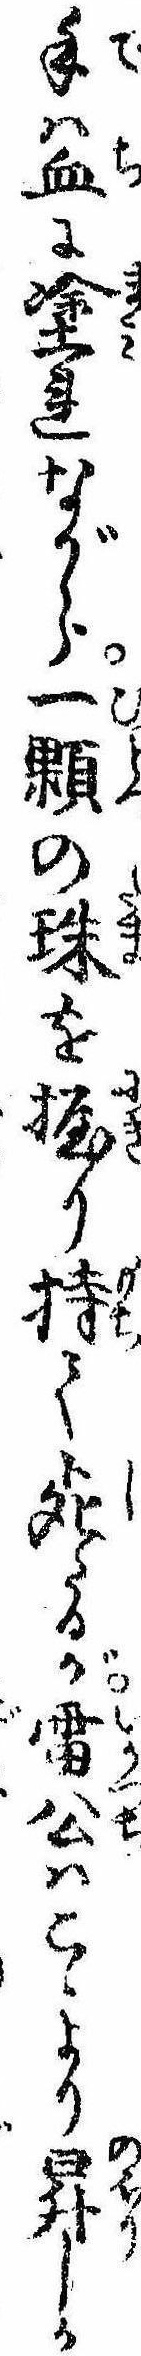
手は血に塗れながら一顆の珠を握り持て死たるが雷公はこゝより昇しか